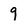
Character: 9